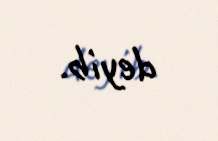
deyib.